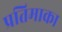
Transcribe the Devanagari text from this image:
प्रतिमाका